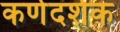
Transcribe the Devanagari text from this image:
कर्णदर्शक